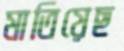
মাতিয়েছ